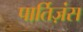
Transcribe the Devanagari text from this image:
पार्तिज़ंस